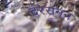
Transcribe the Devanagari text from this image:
दरसनन